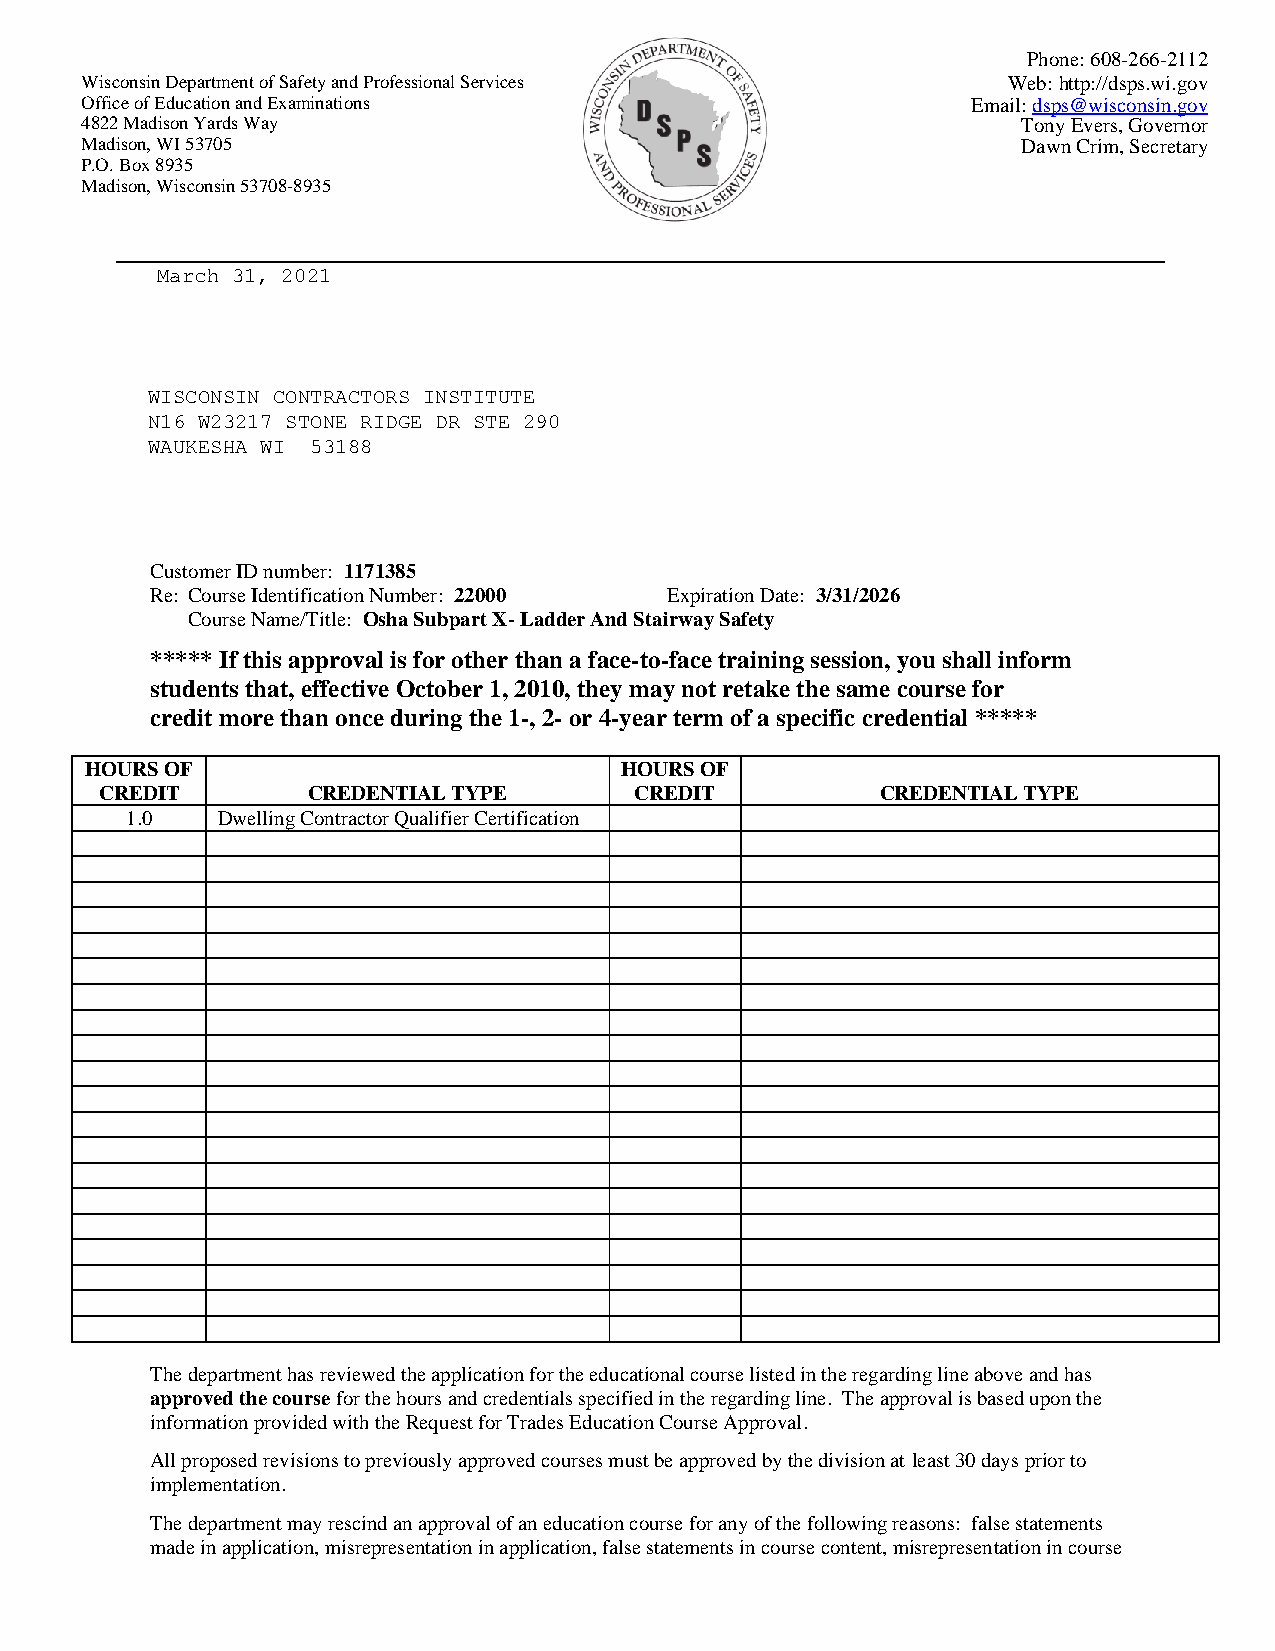
Phone: 608-266-2112
 Wisconsin Department of Safety and Professional Services      Web: http://dsps.wi.gov
 Office of Education and Examinations                       Email: dsps@wisconsin.gov
 4822 Madison Yards Way                                         Tony Evers, Governor
 Madison, WI 53705                                              Dawn Crim, Secretary
 P.O. Box 8935
 Madison, Wisconsin 53708-8935
 March 31, 2021
 WISCONSIN CONTRACTORS INSTITUTE
 N16 W23217 STONE RIDGE DR STE 290
 WAUKESHA WI 53188
 Customer ID number: 1171385
 Re: Course Identification Number: 22000 Expiration Date: 3/31/2026
 Course Name/Title: Osha Subpart X- Ladder And Stairway Safety
 ***** If this approval is for other than a face-to-face training session, you shall inform
 students that, effective October 1, 2010, they may not retake the same course for
 credit more than once during the 1-, 2- or 4-year term of a specific credential *****
 HOURS OF                           HOURS OF
 CREDIT       CREDENTIAL TYPE       CREDIT          CREDENTIAL TYPE
 1.0   Dwelling Contractor Qualifier Certification
 The department has reviewed the application for the educational course listed in the regarding line above and has
 approved the course for the hours and credentials specified in the regarding line. The approval is based upon the
 information provided with the Request for Trades Education Course Approval.
 All proposed revisions to previously approved courses must be approved by the division at least 30 days prior to
 implementation.
 The department may rescind an approval of an education course for any of the following reasons: false statements
 made in application, misrepresentation in application, false statements in course content, misrepresentation in course